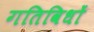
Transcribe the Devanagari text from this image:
गतिविधों